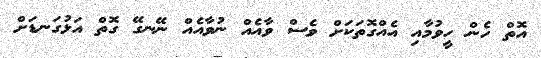
އޮތް ހެެން ހީވުމާއި އެއްގޮތަކަށް ވެސް ވާއެއް ނުވާއެއް ނޭނގޭ ގޮތް އަޅުގަނޑަށް